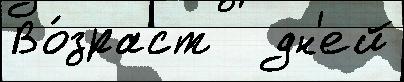
Во́зраст   дн'ей